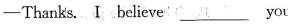
-Thanks. I believe you work,_____you